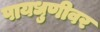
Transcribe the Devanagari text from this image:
पायधुणीवर